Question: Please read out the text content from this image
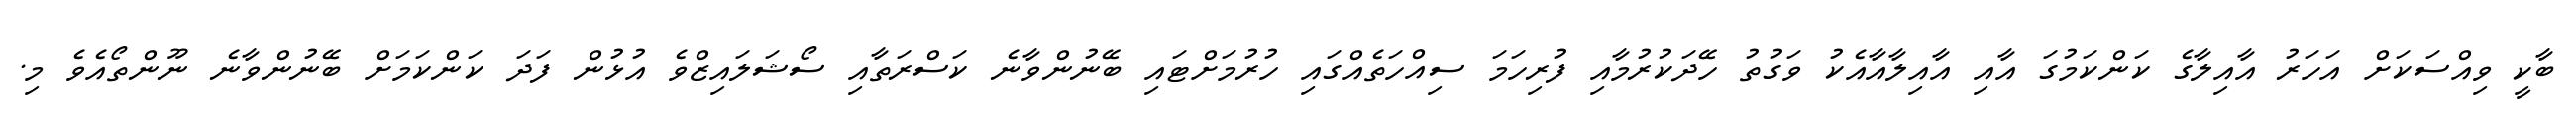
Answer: ބާކީ ވިއްސަކަށް އަހަރު އާއިލާގެ ކަންކަމުގަ އާއި އާއިލާއާއެކު ވަގުތު ހޭދަކުރުމާއި ފުރިހަމަ ސިއްހަތެއްގައި ހުރުމަށްޓައި ބޭނުންވާނެ ކަސްރަތާއި ސޯޝަލައިޒްވެ އުޅުން ފަދަ ކަންކަމަށް ބޭނުންވާނެ ނޫންތޯއެވެ މި.